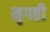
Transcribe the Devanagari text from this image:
मृगही